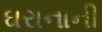
ઘરાનાની